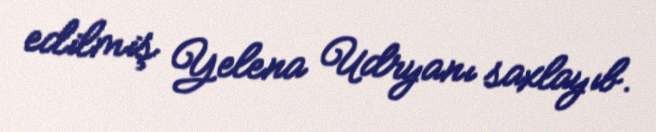
edilmiş Yelena Udryanı saxlayıb.